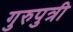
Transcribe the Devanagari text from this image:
गुरुपुत्री